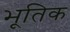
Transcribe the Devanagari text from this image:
भूतिक